Scottish Certificate of Education, 1963
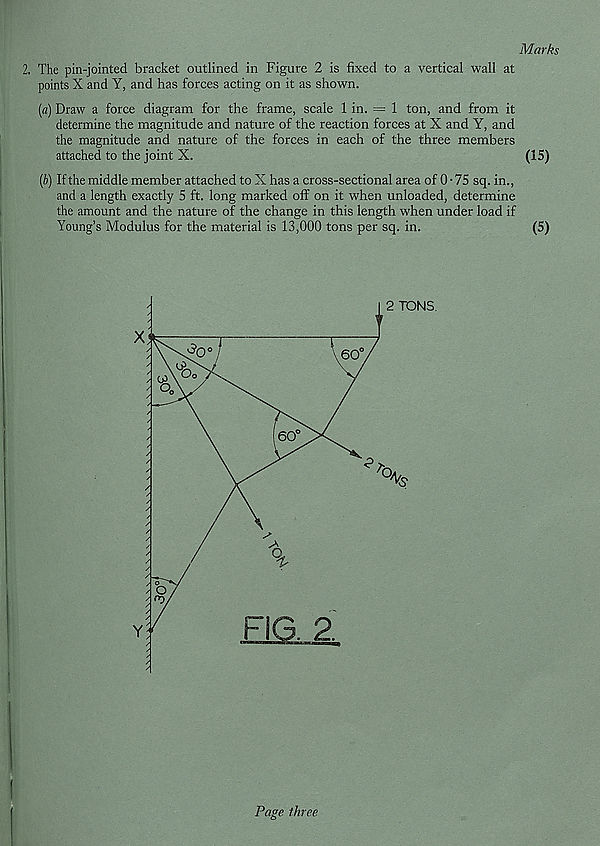
Marks
2. The pin-jointed bracket outlined in Figure 2 is fixed to a vertical wall at
points X and Y, and has forces acting on it as shown.
[a) Draw a force diagram for the frame, scale 1 in. = 1 ton, and from it
determine the magnitude and nature of the reaction forces at X and Y, and
the magnitude and nature of the forces in each of the three members
attached to the joint X.
(15)
(5) If the middle member attached to X has a cross-sectional area of 0 • 75 sq. in.,
and a length exactly 5 ft. long marked off on it when unloaded, determine
the amount and the nature of the change in this length when under load if
Young’s Modulus for the material is 13,000 tons per sq. in.
(5)
I
Page three